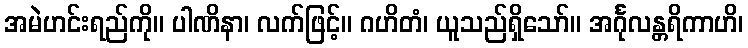
အမဲဟင်းရည်ကို။ ပါဏိနာ၊ လက်ဖြင့်။ ဂဟိတံ၊ ယူသည်ရှိသော်။ အင်္ဂုလန္တရိကာဟိ၊